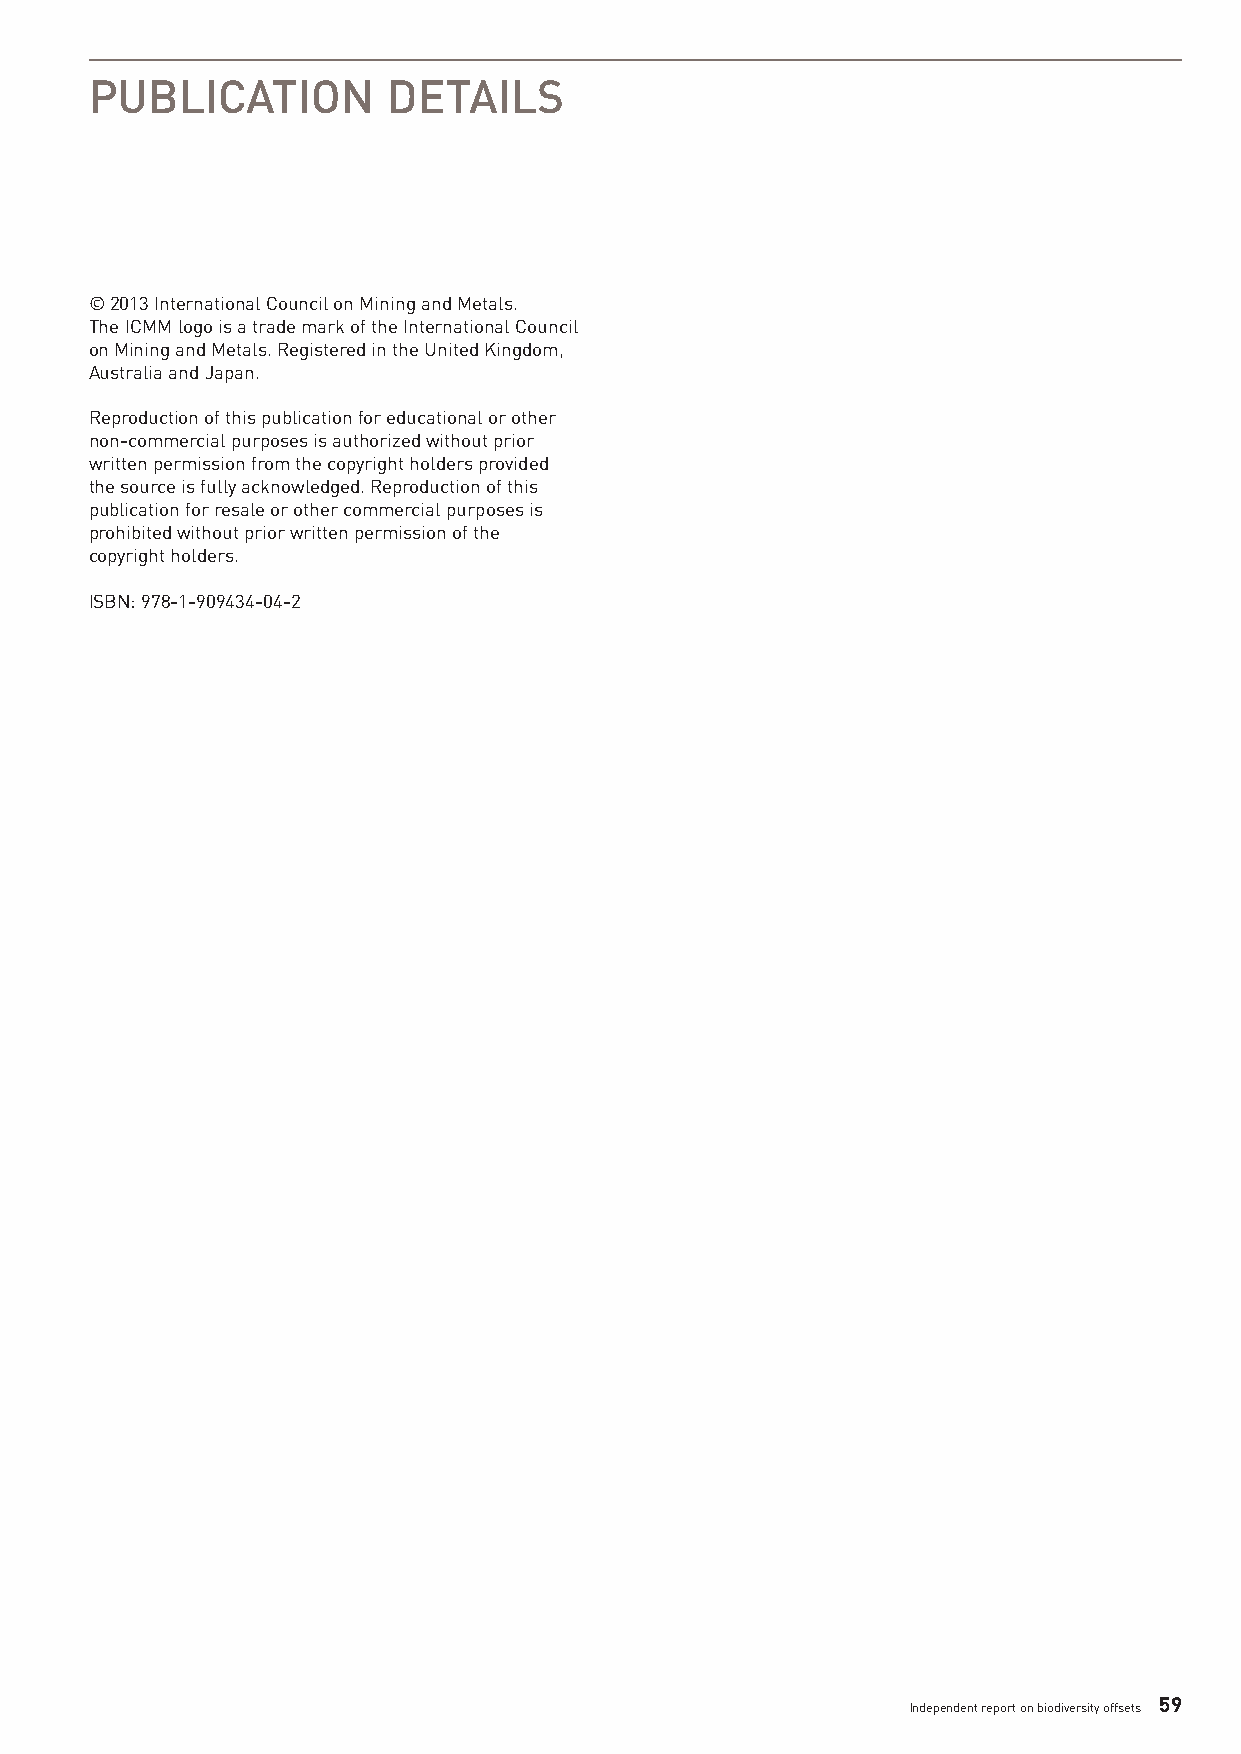
PUBLICATION         DETAILS
 ©2013 International Council on Mining and Metals.
 The ICMM logo is a trade mark of the International Council
 on Mining and Metals. Registered in the United Kingdom,
 Australia and Japan.
 Reproduction of this publication for educational or other
 non-commercial purposes is authorized without prior
 written permission from the copyright holders provided
 the source is fully acknowledged. Reproduction of this
 publication for resale or other commercial purposes is
 prohibited without prior written permission of the
 copyright holders.
 ISBN: 978-1-909434-04-2
 59
 Independent report on biodiversity offsets